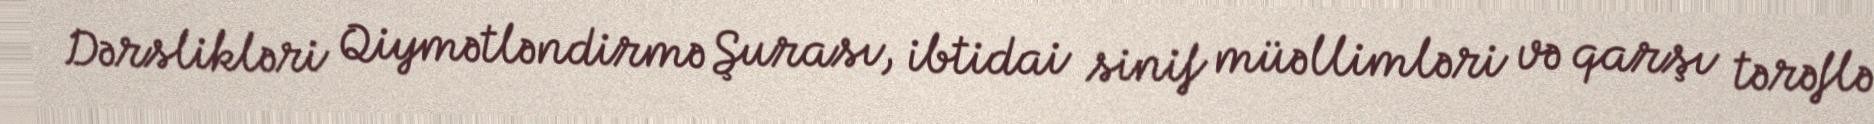
Dərslikləri Qiymətləndirmə Şurası, ibtidai sinif müəllimləri və qarşı tərəflə